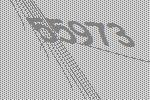
55973